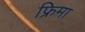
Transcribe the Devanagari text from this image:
फ्रिमा